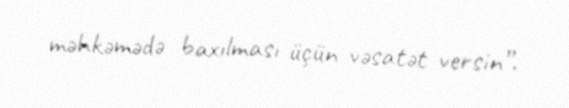
məhkəmədə baxılması üçün vəsatət versin”.